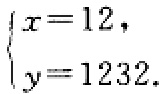
\(\begin{cases}
x = 12, \\
y = 1232.
\end{cases}\)